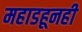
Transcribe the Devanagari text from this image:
महाडहूनही